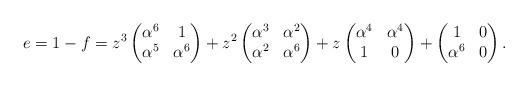
LaTeX: \begin{align*}e=1-f=z^3\left(\begin{matrix}\alpha^{6} & 1 \\\alpha^{5} & \alpha^{6}\end{matrix}\right) + z^2 \left(\begin{matrix}\alpha^{3} & \alpha^{2} \\\alpha^{2} & \alpha^{6}\end{matrix}\right) + z\left(\begin{matrix}\alpha^{4} & \alpha^{4} \\1 & 0\end{matrix}\right) + \left(\begin{matrix}1 & 0 \\\alpha^{6} & 0\end{matrix}\right).\end{align*}